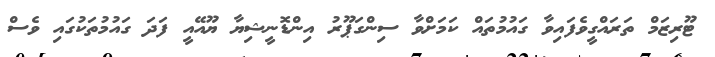
ޓޫރިޒަމް ތަރައްގީވެފައިވާ ގައުމުތައް ކަމަށްވާ ސިންގަޕޫރު އިންޑޮނީޝިޔާ ޔޫއޭއީ ފަދަ ގައުމުތަކުގައި ވެސް